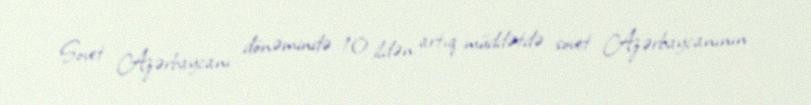
Sovet Azərbaycanı dönəmində 10 ildən artıq müddətdə sovet Azərbaycanının